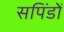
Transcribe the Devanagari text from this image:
सपिंडों